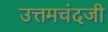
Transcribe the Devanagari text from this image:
उत्तमचंदजी